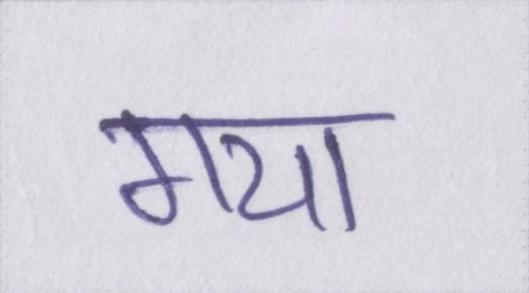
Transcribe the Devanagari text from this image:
गया